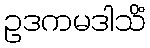
ဥဒကမဒါသိံ